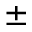
\pm